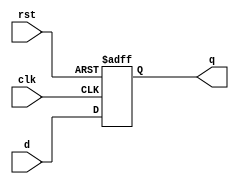
module dff (input d,  
              input rst,  
              input clk,  
              output reg q);  
  
 always @(posedge clk or posedge rst) 
 begin
  if(rst)
   q <= 0; 
  else 
   q <= d;
 end  
endmodule